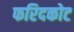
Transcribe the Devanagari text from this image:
फरिदकोट